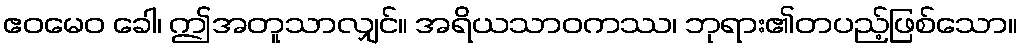
ဧဝမေဝ ခေါ၊ ဤအတူသာလျှင်။ အရိယသာဝကဿ၊ ဘုရား၏တပည့်ဖြစ်သော။